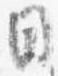
日